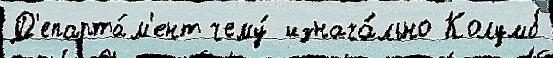
Д'епарта́м'ент чему́ изнача́льно Колумб